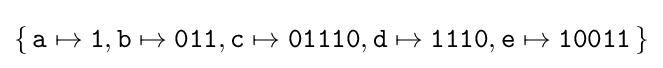
\{\,{\texttt {a}}\mapsto {\texttt {1}},{\texttt {b}}\mapsto {\texttt {011}},{\texttt {c}}\mapsto {\texttt {01110}},{\texttt {d}}\mapsto {\texttt {1110}},{\texttt {e}}\mapsto {\texttt {10011}}\,\}